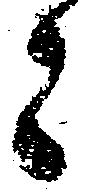
々